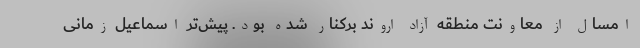
امسال از معاونت منطقه آزاد اروند برکنار شده بود. پیش‌تر اسماعیل زمانی